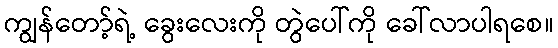
ကျွန်တော့်ရဲ့ ခွေးလေးကို တွဲပေါ်ကို ခေါ်လာပါရစေ။